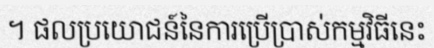
។ ផលប្រយោជន៍នៃការប្រើប្រាស់កម្មវិធីនេះ